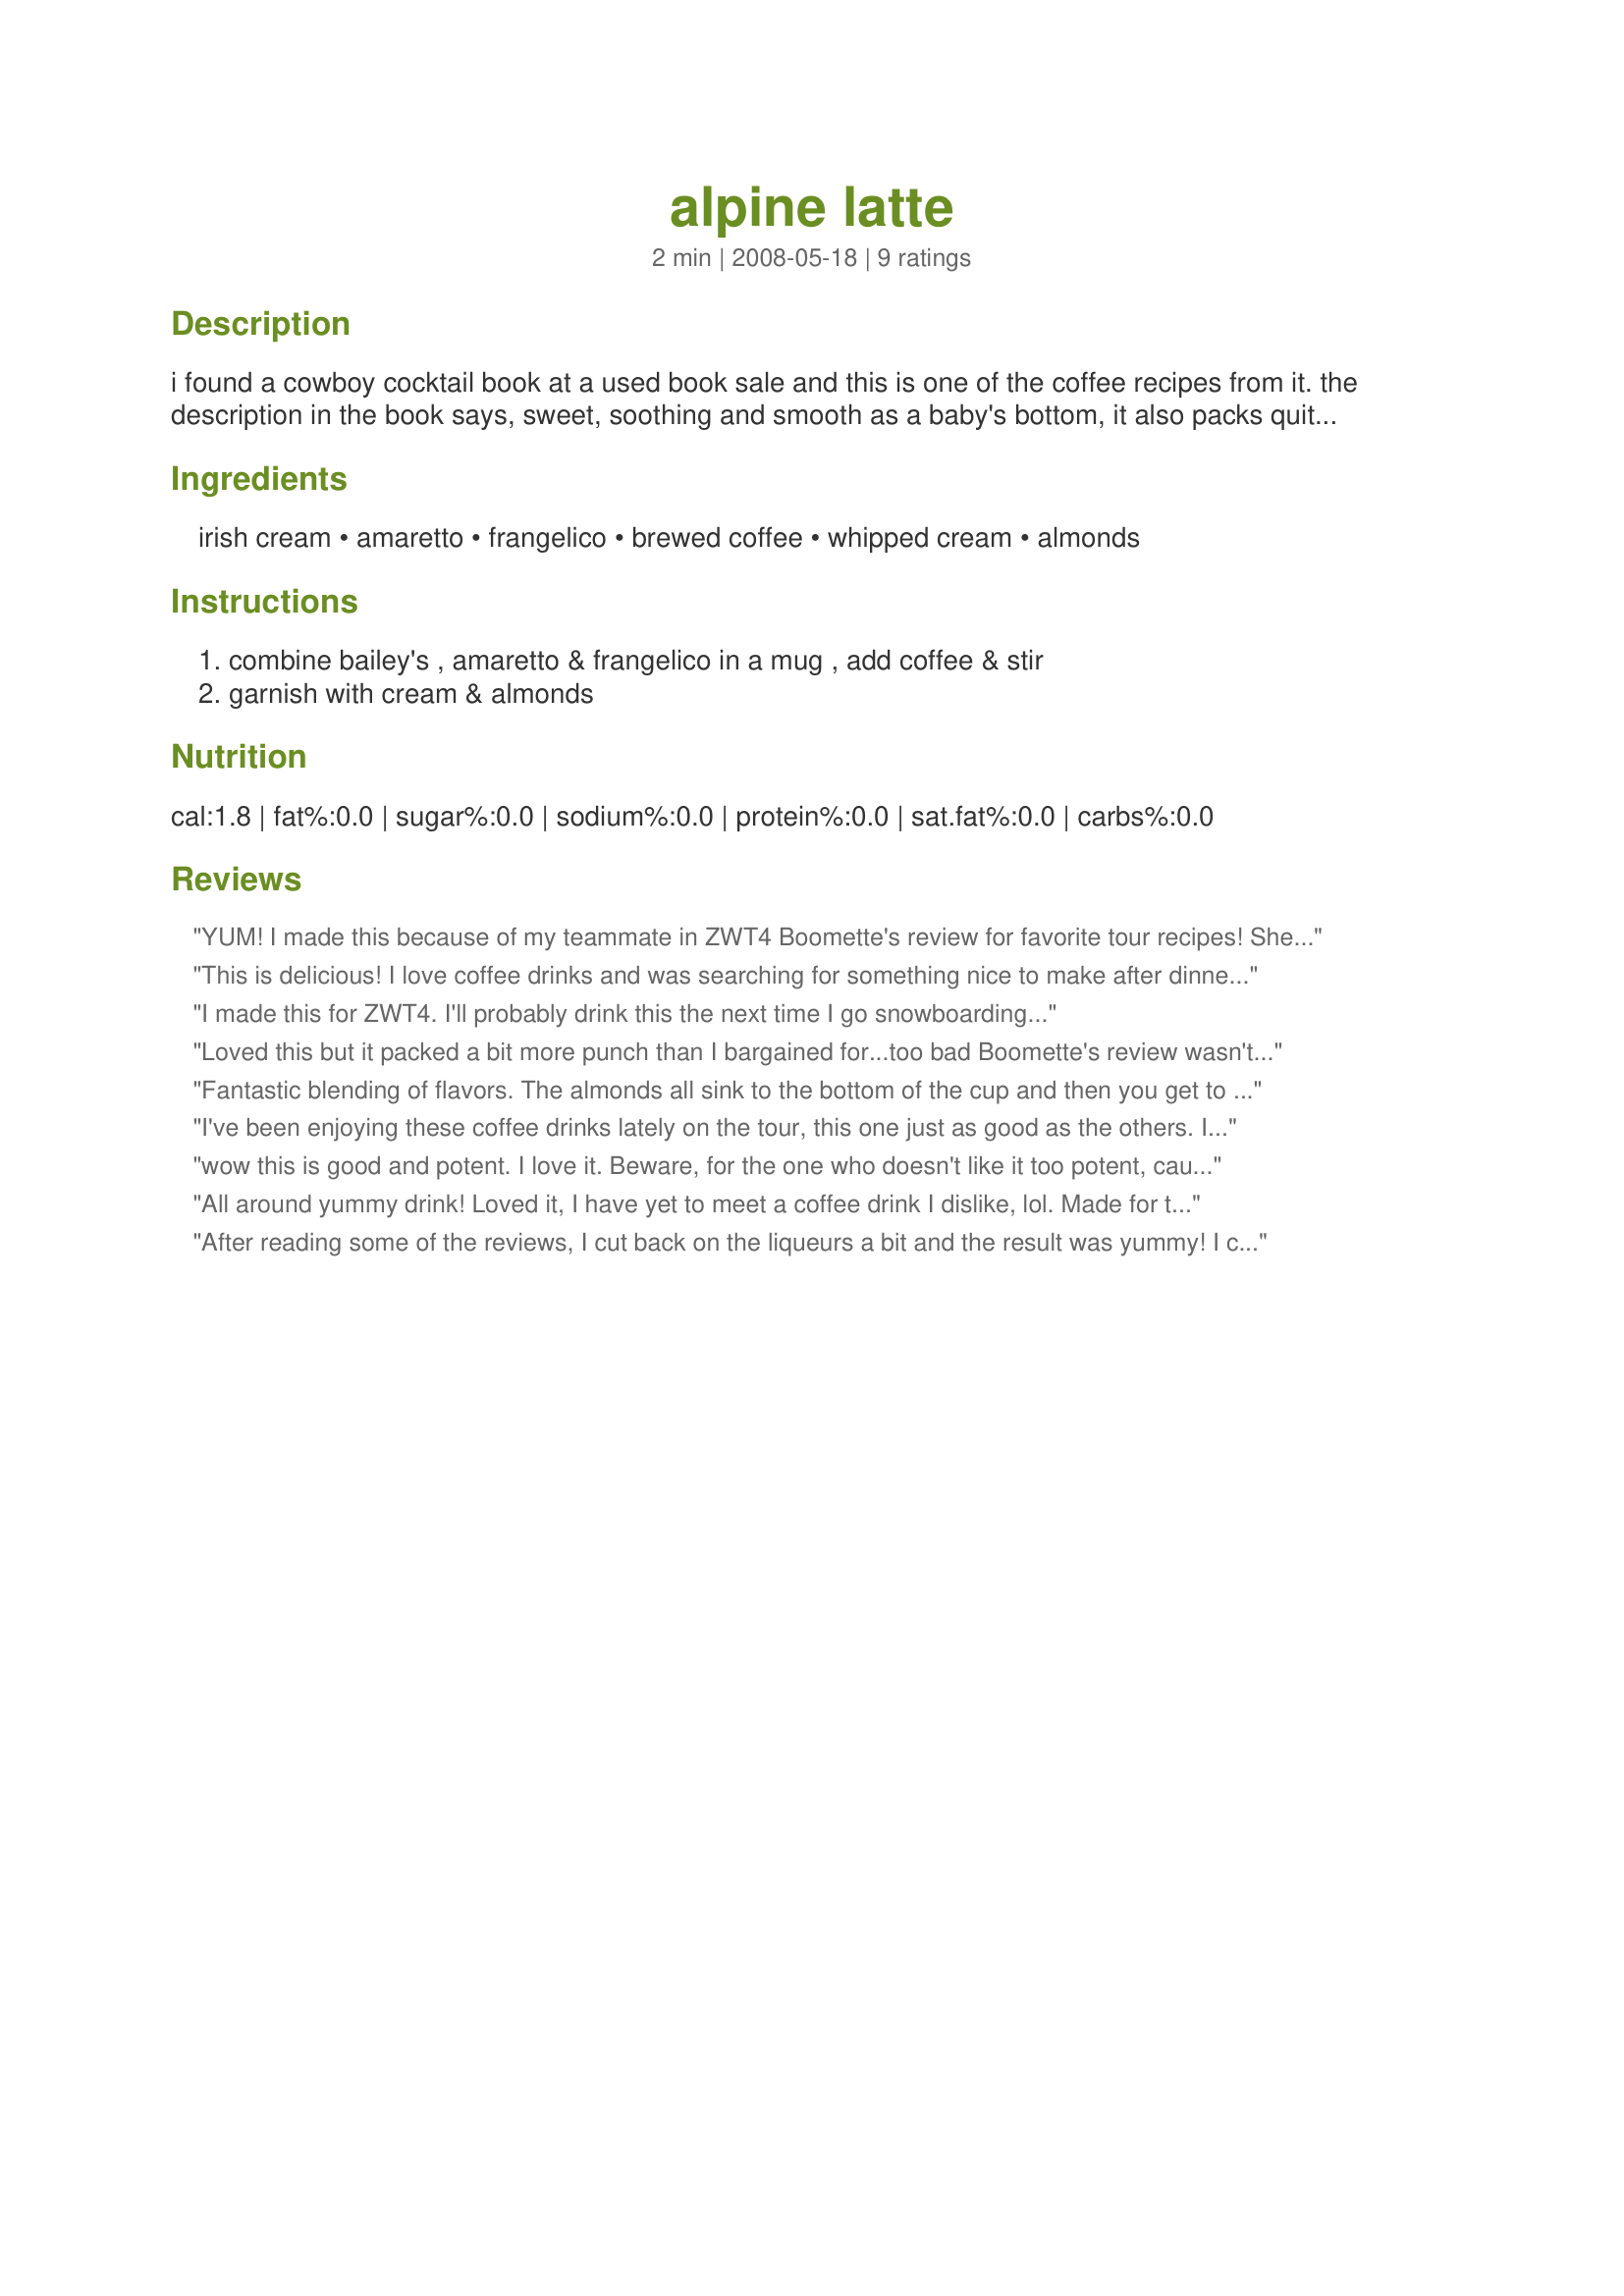
alpine latte
Preparation time: 2 minutes

i found a cowboy cocktail book at a used book sale and this is one of the coffee recipes from it. the description in the book says, sweet, soothing and smooth as a baby's bottom, it also packs quite a punch! lol

Ingredients:
irish cream, amaretto, frangelico, brewed coffee, whipped cream, almonds

Steps:
combine bailey's , amaretto & frangelico in a mug , add coffee & stir, garnish with cream & almonds

Reviews:
YUM! I made this because of my teammate in ZWT4 Boomette's review for favorite tour recipes! She's right! It's absolutely wonderful and I am enjoying it immensely right this very moment! Sorry I didn't take a picture because it just isn't pretty without the whipping cream and I left that part off in an attempt to save calories.
This is delicious! I love coffee drinks and was searching for something nice to make after dinner. I cut back on the Amaretto as I am not a big fan of it but the Frangelico is wonderful in this coffee! I will definitely be making this again!
I made this for ZWT4. I'll probably drink this the next time I go snowboarding...
Loved this but it packed a bit more punch than I bargained for...too bad Boomette's review wasn't posted when I printed the recipe off the other day. (-; Anyway, I imagine it would be quite the thing if one were skiing or snowboarding. The cream and almonds were a very nice touch. Photo to come. ZWT 4
Fantastic blending of flavors. The almonds all sink to the bottom of the cup and then you get to fish them out for a lovely flavored munch when the coffee is gone. Finishing the coffee can take awhile because you'll want to sip and savor as you go, making it last. Mine was cold by the time I was near the bottom but still tasted just as good. Bravo Mandy!
I've been enjoying these coffee drinks lately on the tour, this one just as good as the others. I call it my Mommy Morning Treat. wink. wink. I had some leftover whipped cream from dessert the other night so I did this all up, even the almonds to garnish. Thanks, Mandy! Made for ZWT4.
wow this is good and potent. I love it. Beware, for the one who doesn't like it too potent, cause it really is potent. A lot. But I loved it. I used freshly strong brewed coffee. And for the garnish, whipped cream and sliced almonds. Thanks Mandy. Made for ZWT 4, for for German Beverage Challenge. :)
All around yummy drink! Loved it, I have yet to meet a coffee drink I dislike, lol. Made for the Babes of ZWT4.
After reading some of the reviews, I cut back on the liqueurs a bit and the result was yummy! I could just picture myself of the ski slopes, actually in the lodge :) Made for ZWT 4 by a Jefe!
